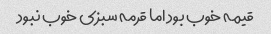
قیمه خوب بود اما قرمه سبزی خوب نبود